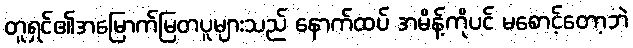
တူရှင်၏အမြောက်မြတပူများသည် နောက်ထပ် အမိန့်ကိုပင် မစောင့်တော့ဘဲ